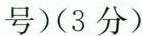
号)(3分)